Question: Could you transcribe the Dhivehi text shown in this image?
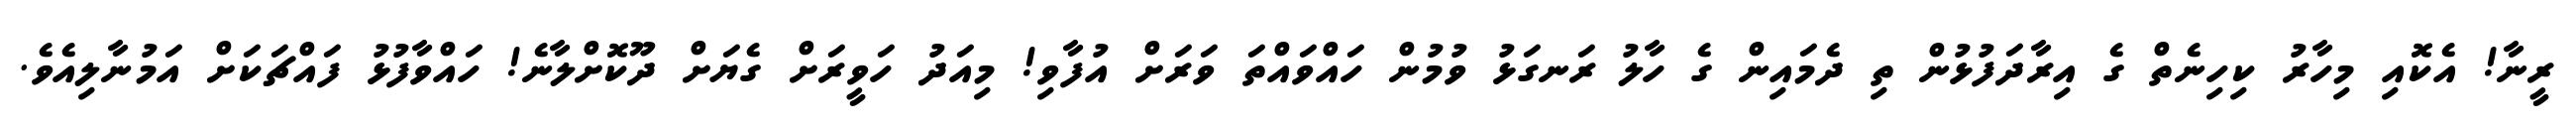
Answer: ރީނާ! އެކޮއި މިހާރު ކިހިނެތް ގެ އިރާދަފުޅުން ތި ދެމައިން ގެ ހާލު ރަނގަޅު ވުމުން ހައްވައްތަ ވަރަށް އުފާވި! މިއަދު ހަވީރަށް ގެޔަށް ދޫކޮށްލާނެ! ހައްވާފުޅު ފައްޗަކަށް އަމުނާލިއެވެ.